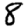
Digit: 8